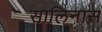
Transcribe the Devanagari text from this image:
सालिनास